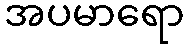
အပမာရော